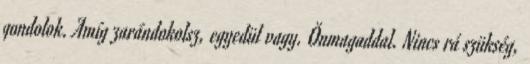
gondolok. Amíg zarándokolsz, egyedül vagy. Önmagaddal. Nincs rá szükség,